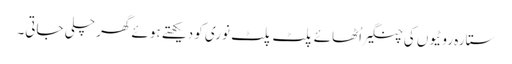
ستارہ روٹیوں کی چنگیراُٹھائے پلٹ پلٹ نوری کو دیکھتے ہوئے گھر چلی جاتی۔